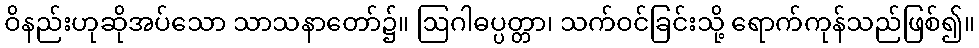
ဝိနည်းဟုဆိုအပ်သော သာသနာတော်၌။ ဩဂါဓပ္ပတ္တာ၊ သက်ဝင်ခြင်းသို့ ရောက်ကုန်သည်ဖြစ်၍။